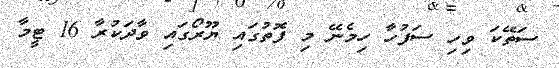
ސަތޭކަ ވިހި ސަފުހާ ހިމެނޭ މި ފޮތުގައި ޔޫރޯގައި ވާދަކުރާ 16 ޓީމާ